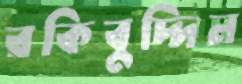
রকিবুদ্দিন